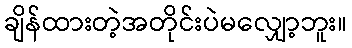
ချိန်ထားတဲ့အတိုင်းပဲမလျှော့ဘူး။